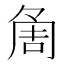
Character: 𠶰